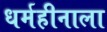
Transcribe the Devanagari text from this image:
धर्महीनाला